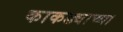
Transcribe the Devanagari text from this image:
काकड्याच्या